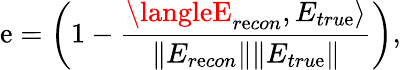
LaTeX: \mathrm{e}=\left(1-\frac{{\langleE_{r\mathrm{e}con},E_{tru\mathrm{e}}\rangle}}{{\| E_{r\mathrm{e}con}\| \| E_{tru\mathrm{e}}\| }}\right),